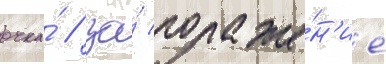
очка́ / за́ пораже́н'ие